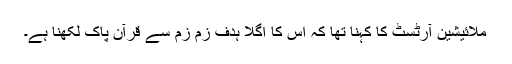
ملائیشین آرٹسٹ کا کہنا تھا کہ اس کا اگلا ہدف زم زم سے قرآن پاک لکھنا ہے۔